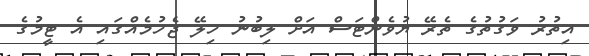
އިތުރު ވަގުތުގެ ތެރޭ ޔުވެންޓަސް އަށް ލިބުނު ހިލޭ ޖެހުމެއްގައި އެ ޓީމުގެ